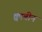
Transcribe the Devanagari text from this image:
क्वाबीन